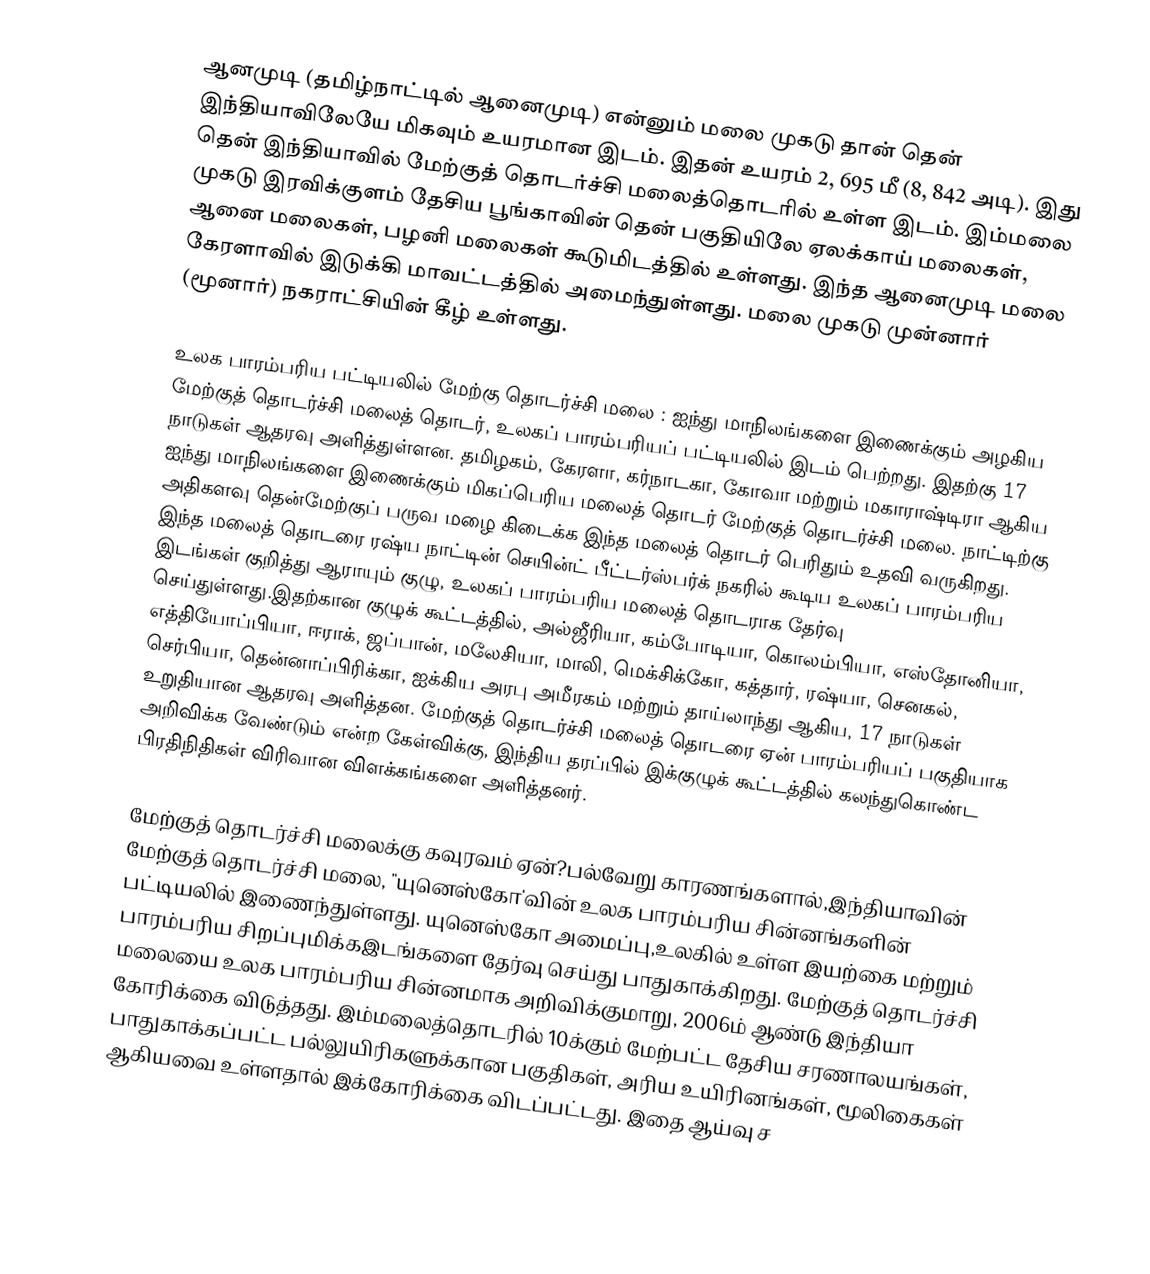
ஆனமுடி (தமிழ்நாட்டில் ஆனைமுடி) என்னும் மலை முகடு தான் தென் இந்தியாவிலேயே மிகவும் உயரமான இடம். இதன் உயரம் 2, 695 மீ (8, 842 அடி). இது தென் இந்தியாவில் மேற்குத் தொடர்ச்சி மலைத்தொடரில் உள்ள இடம். இம்மலை முகடு இரவிக்குளம் தேசிய பூங்காவின் தென் பகுதியிலே ஏலக்காய் மலைகள், ஆனை மலைகள், பழனி மலைகள் கூடுமிடத்தில் உள்ளது. இந்த ஆனைமுடி மலை கேரளாவில் இடுக்கி மாவட்டத்தில் அமைந்துள்ளது. மலை முகடு முன்னார் (மூனார்) நகராட்சியின் கீழ் உள்ளது.

உலக பாரம்பரிய பட்டியலில் மேற்கு தொடர்ச்சி மலை : ஐந்து மாநிலங்களை இணைக்கும் அழகிய மேற்குத் தொடர்ச்சி மலைத் தொடர், உலகப் பாரம்பரியப் பட்டியலில் இடம் பெற்றது. இதற்கு 17 நாடுகள் ஆதரவு அளித்துள்ளன. தமிழகம், கேரளா, கர்நாடகா, கோவா மற்றும் மகாராஷ்டிரா ஆகிய ஐந்து மாநிலங்களை இணைக்கும் மிகப்பெரிய மலைத் தொடர் மேற்குத் தொடர்ச்சி மலை. நாட்டிற்கு அதிகளவு தென்மேற்குப் பருவ மழை கிடைக்க இந்த மலைத் தொடர் பெரிதும் உதவி வருகிறது. இந்த மலைத் தொடரை ரஷ்ய நாட்டின் செயின்ட் பீட்டர்ஸ்பர்க் நகரில் கூடிய உலகப் பாரம்பரிய இடங்கள் குறித்து ஆராயும் குழு, உலகப் பாரம்பரிய மலைத் தொடராக தேர்வு செய்துள்ளது.இதற்கான குழுக் கூட்டத்தில், அல்ஜீரியா, கம்போடியா, கொலம்பியா, எஸ்தோனியா, எத்தியோப்பியா, ஈராக், ஜப்பான், மலேசியா, மாலி, மெக்சிக்கோ, கத்தார், ரஷ்யா, செனகல், செர்பியா, தென்னாப்பிரிக்கா, ஐக்கிய அரபு அமீரகம் மற்றும் தாய்லாந்து ஆகிய, 17 நாடுகள் உறுதியான ஆதரவு அளித்தன. மேற்குத் தொடர்ச்சி மலைத் தொடரை ஏன் பாரம்பரியப் பகுதியாக அறிவிக்க வேண்டும் என்ற கேள்விக்கு, இந்திய தரப்பில் இக்குழுக் கூட்டத்தில் கலந்துகொண்ட பிரதிநிதிகள் விரிவான விளக்கங்களை அளித்தனர்.

மேற்குத் தொடர்ச்சி மலைக்கு கவுரவம் ஏன்?பல்வேறு காரணங்களால்,இந்தியாவின் மேற்குத் தொடர்ச்சி மலை, "யுனெஸ்கோ'வின் உலக பாரம்பரிய சின்னங்களின் பட்டியலில் இணைந்துள்ளது. யுனெஸ்கோ அமைப்பு,உலகில் உள்ள இயற்கை மற்றும் பாரம்பரிய சிறப்புமிக்கஇடங்களை தேர்வு செய்து பாதுகாக்கிறது. மேற்குத் தொடர்ச்சி மலையை உலக பாரம்பரிய சின்னமாக அறிவிக்குமாறு, 2006ம் ஆண்டு இந்தியா கோரிக்கை விடுத்தது. இம்மலைத்தொடரில் 10க்கும் மேற்பட்ட தேசிய சரணாலயங்கள், பாதுகாக்கப்பட்ட பல்லுயிரிகளுக்கான பகுதிகள், அரிய உயிரினங்கள், மூலிகைகள் ஆகியவை உள்ளதால் இக்கோரிக்கை விடப்பட்டது. இதை ஆய்வு ச